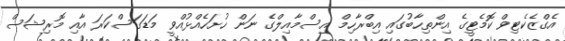
އެގްޒެކެޓިވް ކޮމެޓީގެ އިންތިހާބުގައި އިބްރާހިމް އިސްމާއިލްގެ ނަން ހުށަހެއްޅުއްވީ މަޑަގަސްކަރަ އާއި މޮރިޝަސް